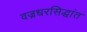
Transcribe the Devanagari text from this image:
वज्रधरसिद्धांत